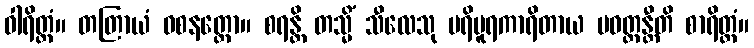
ဝါရိတ္တံ။ တတြာယံ ဝစနတ္ထော။ စရန္တိ တသ္မိံ သီလေသု ပရိပူရကာရိတာယ ပဝတ္တန္တီတိ စာရိတ္တံ။